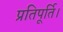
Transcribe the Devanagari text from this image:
प्रतिपूर्ति।